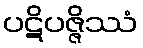
ပဋိပဇ္ဇိဿံ